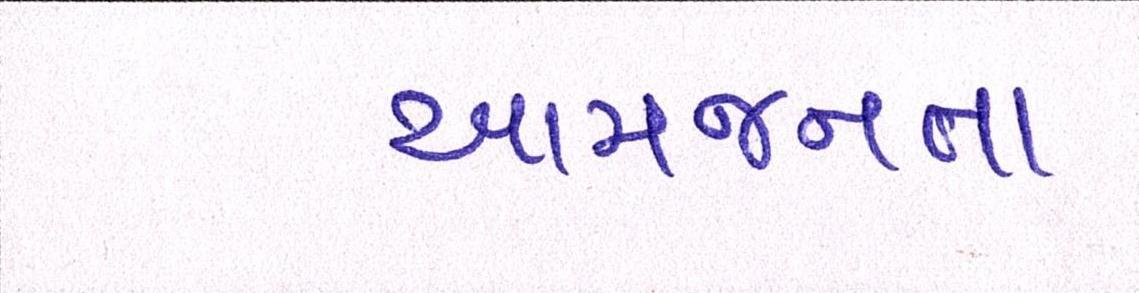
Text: આમજનતા